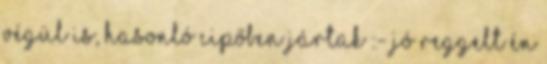
Végül is, hasonló cipőben jártak :- Jó reggelt Én